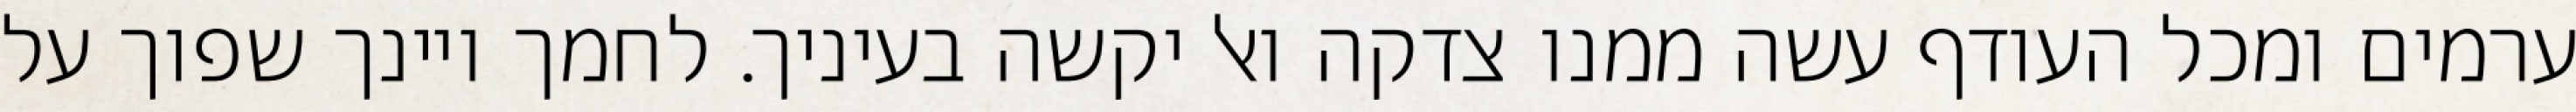
ערמים ומכל העודף עשה ממנו צדקה ואל יקשה בעיניך. לחמך ויינך שפוך על